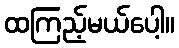
ထကြည့်မယ်ပေါ့။